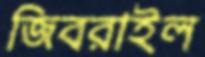
জিবরাইল